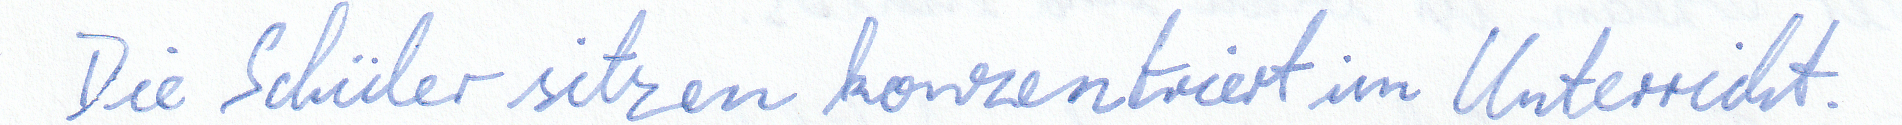
Die Schüler sitzen konzentriert im Unterricht.